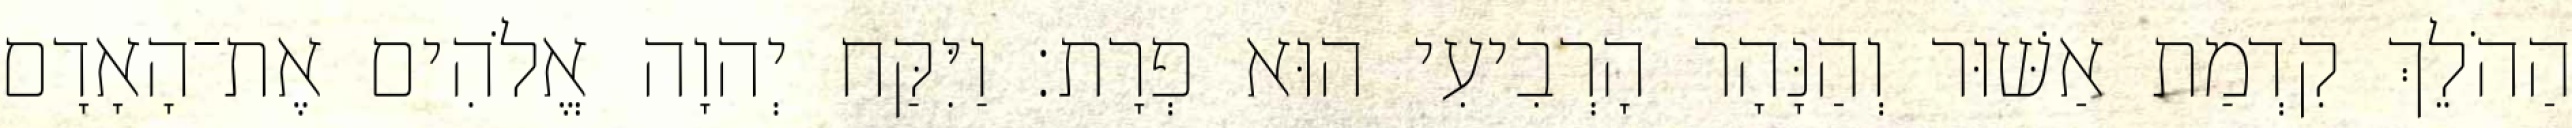
הַהֹלֵךְ קִדְמַת אַשּׁוּר וְהַנָּהָר הָרְבִיעִי הוּא פְרָת׃ וַיִּקַּח יְהוָה אֱלֹהִים אֶת־הָאָדָם